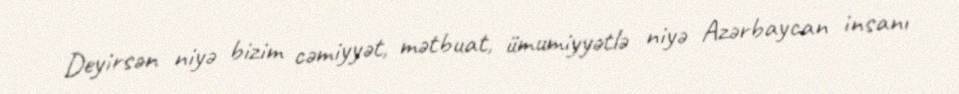
Deyirsən niyə bizim cəmiyyət, mətbuat, ümumiyyətlə niyə Azərbaycan insanı